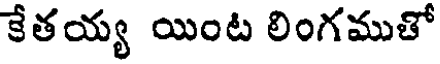
కేతయ్య యింట లింగముతో